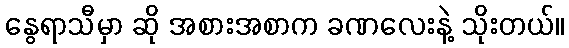
နွေရာသီမှာ ဆို အစားအစာက ခဏလေးနဲ့ သိုးတယ်။